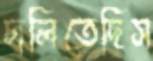
চালিতেছিস